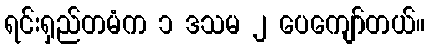
ရင်းရှည်တမံက ၁ ဒသမ ၂ ပေကျော်တယ်။